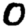
Digit: 0